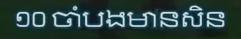
១០ ចាំបងមានសិន